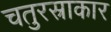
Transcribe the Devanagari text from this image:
चतुरस्राकार